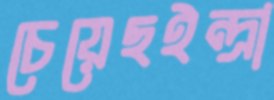
চেয়েছইন্দ্রা